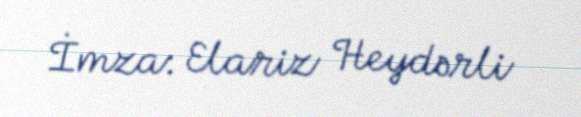
İmza: Elariz Heydərli